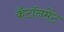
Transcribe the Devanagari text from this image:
कँटॉनमेंट